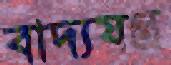
বাদ্যযন্ত্র